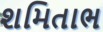
શમિતાભ